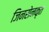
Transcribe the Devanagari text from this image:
जिनसेनकृत